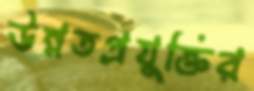
উন্নতপ্রযুক্তির